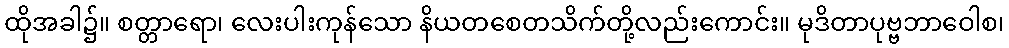
ထိုအခါ၌။ စတ္တာရော၊ လေးပါးကုန်သော နိယတစေတသိက်တို့လည်းကောင်း။ မုဒိတာပုဗ္ဗဘာဝေါစ၊